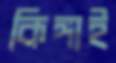
কিঙ্গাই